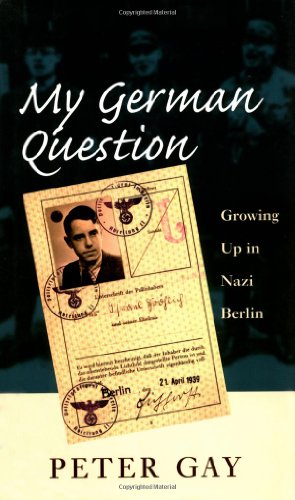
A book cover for My German Question: Growing Up in Nazi Berlin; Professor Peter Gay; Biographies & Memoirs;